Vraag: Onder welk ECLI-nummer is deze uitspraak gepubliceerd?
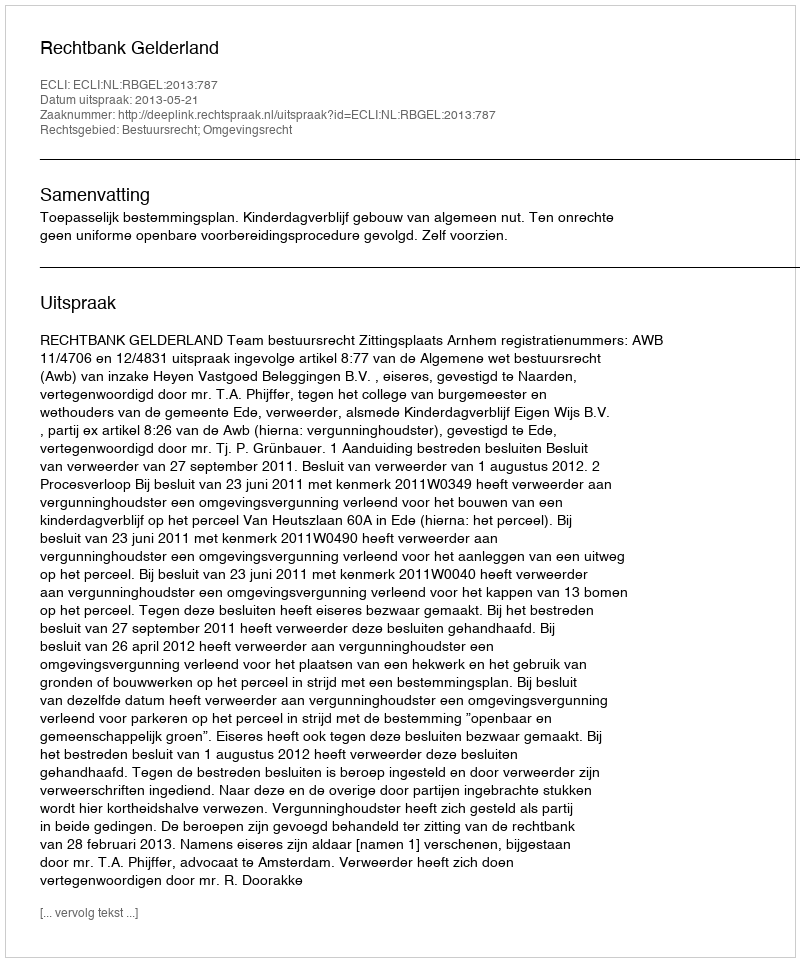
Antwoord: ECLI:NL:RBGEL:2013:787